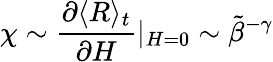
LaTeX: \chi\sim\frac{\partial\langle R\rangle_{t}}{\partial H}|_{H=0}\sim\tilde{\beta}^{-\gamma}